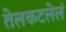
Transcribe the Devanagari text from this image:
तेलकटलेलं